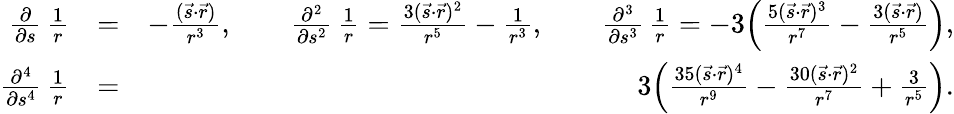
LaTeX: \begin{array}{rlr}{\frac{\partial}{\partial{s}}\, \frac{1}{r}}&{=}&{-\frac{({\vec{s}}\cdot{\vec{r}})}{r^{3}},\qquad\frac{\partial^{2}}{\partial{s}^{2}}\, \frac{1}{r}=\frac{3({\vec{s}}\cdot{\vec{r}})^{2}}{r^{5}}-\frac{1}{r^{3}},\qquad\frac{\partial^{3}}{\partial{s}^{3}}\, \frac{1}{r}=-3\Big(\frac{5({\vec{s}}\cdot{\vec{r}})^{3}}{r^{7}}-\frac{3({\vec{s}}\cdot{\vec{r}})}{r^{5}}\Big),}\\ {\frac{\partial^{4}}{\partial{s^{4}}}\, \frac{1}{r}}&{=}&{3\Big(\frac{35({\vec{s}}\cdot{\vec{r}})^{4}}{r^{9}}-\frac{30({\vec{s}}\cdot{\vec{r}})^{2}}{r^{7}}+\frac{3}{r^{5}}\Big).}\end{array}